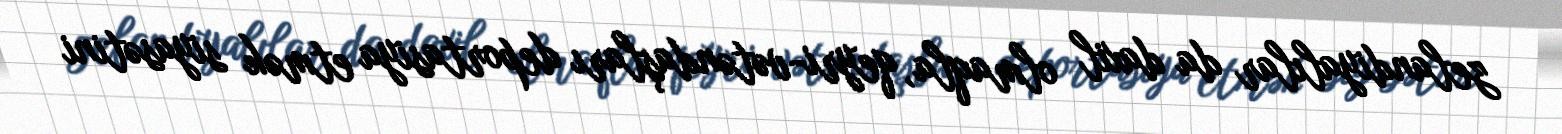
zelandiyalılar da daxil olmaqla, qeyri-vətəndaşları deportasiya etmək siyasətini